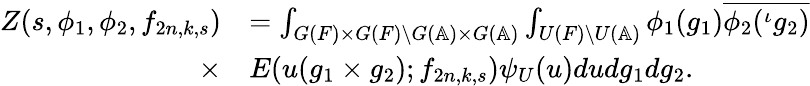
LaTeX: \begin{array}{rl}{Z(s,\phi_{1},\phi_{2},f_{2n,k,s})}&{=\int_{G(F)\times G(F)\backslash G(\mathbb{A})\times G(\mathbb{A})}\int_{U(F)\backslash U(\mathbb{A})}\phi_{1}(g_{1})\overline{{\phi_{2}(^{\iota}g_{2})}}}\\ {\times}&{E(u(g_{1}\times g_{2});f_{2n,k,s})\psi_{U}(u)dudg_{1}dg_{2}.}\end{array}